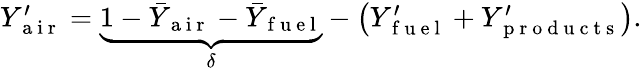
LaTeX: \begin{array}{r}{Y_{\mathrm{~a~i~r~}}^{\prime}=\underbrace{1-\bar{Y}_{\mathrm{~a~i~r~}}-\bar{Y}_{\mathrm{~f~u~e~l~}}}_{\delta}-\left(Y_{\mathrm{~f~u~e~l~}}^{\prime}+Y_{\mathrm{~p~r~o~d~u~c~t~s~}}^{\prime}\right).}\end{array}